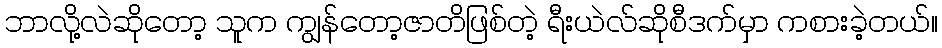
ဘာလို့လဲဆိုတော့ သူက ကျွန်တော့ဇာတိဖြစ်တဲ့ ရီးယဲလ်ဆိုစီဒက်မှာ ကစားခဲ့တယ်။